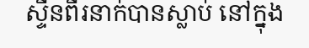
ស្ទីនពីរនាក់បានស្លាប់ នៅក្នុង